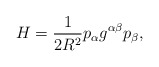
\begin{align*}H = \frac {1}{2R^2} p_\alpha g^{\alpha\beta}p_\beta,\end{align*}